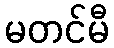
မတင်မီ